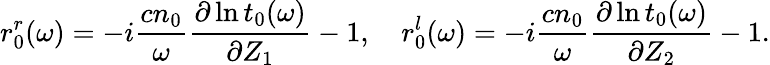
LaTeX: r_{0}^{r}(\omega)=-{i}\frac{cn_{0}}{\omega}{\frac{\partial\ln t_{0}(\omega)}{\partial Z_{1}}}-1,\ \ \ \ r_{0}^{l}(\omega)=-{i}\frac{cn_{0}}{\omega}{\frac{\partial\ln t_{0}(\omega)}{\partial Z_{2}}}-1.